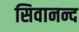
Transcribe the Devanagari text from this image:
सिवानन्द